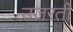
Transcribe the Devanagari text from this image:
उजरती